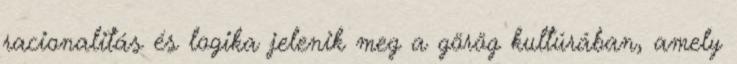
racionalitás és logika jelenik meg a görög kultúrában, amely